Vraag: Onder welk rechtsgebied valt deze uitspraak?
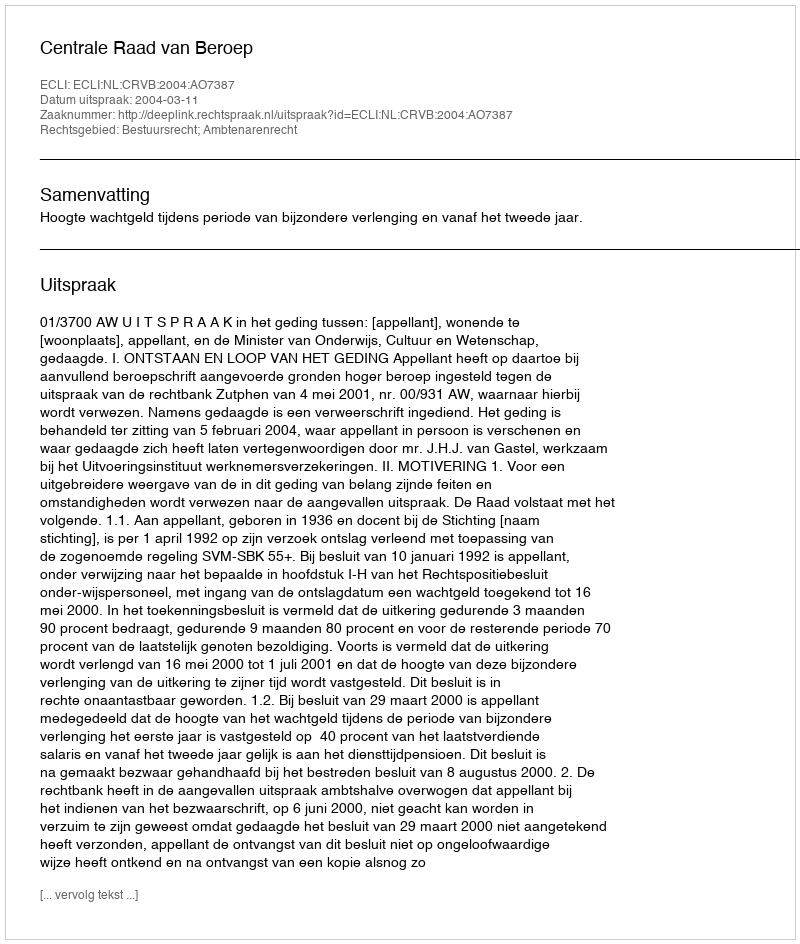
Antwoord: Bestuursrecht; Ambtenarenrecht